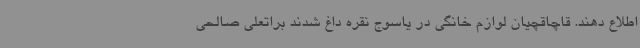
اطلاع دهند. قاچاقچیان لوازم خانگی در یاسوج نقره داغ شدند براتعلی صالحی